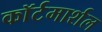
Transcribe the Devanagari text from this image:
काॅर्टमार्शल